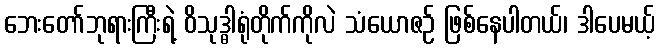
ဘေးတော်ဘုရားကြီးရဲ့ ဝိသုဒ္ဓါရုံတိုက်ကိုလဲ သံယောဇဉ် ဖြစ်နေပါတယ်၊ ဒါပေမယ့်